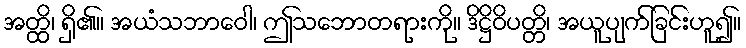
အတ္ထိ၊ ရှိ၏။ အယံသဘာဝေါ၊ ဤသဘောတရားကို။ ဒိဋ္ဌိဝိပတ္တိ၊ အယူပျက်ခြင်းဟူ၍။